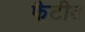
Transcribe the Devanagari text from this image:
फैटीत